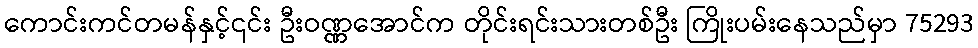
ကောင်းကင်တမန်နှင့်၎င်း ဦးဝဏ္ဏအောင်က တိုင်းရင်းသားတစ်ဦး ကြိုးပမ်းနေသည်မှာ 75293